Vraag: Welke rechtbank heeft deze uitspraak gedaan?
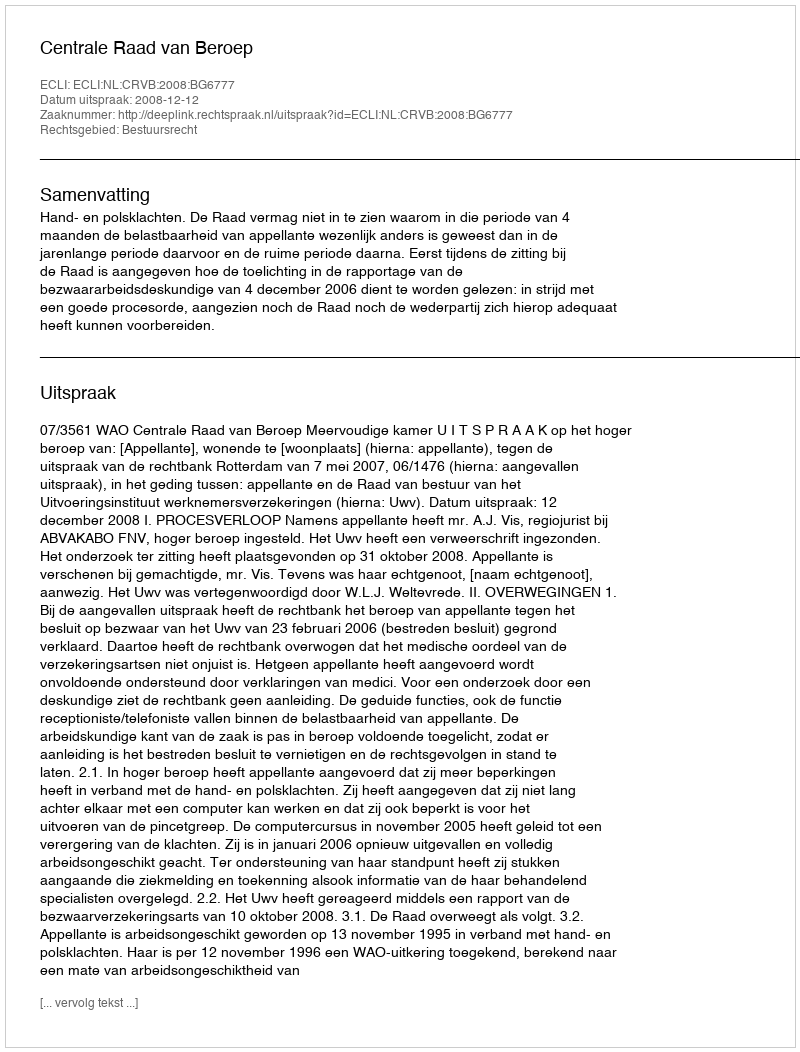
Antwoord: Centrale Raad van Beroep